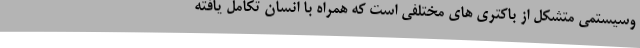
وسیستمی متشکل از باکتری های مختلفی است که همراه با انسان تکامل یافته